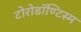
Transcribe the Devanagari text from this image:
टोरोडॉण्टिस्म